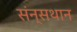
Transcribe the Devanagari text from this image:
संन्सथान